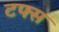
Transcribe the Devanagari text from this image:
टफ्स